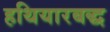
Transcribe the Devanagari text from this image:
हथियारबद्ध